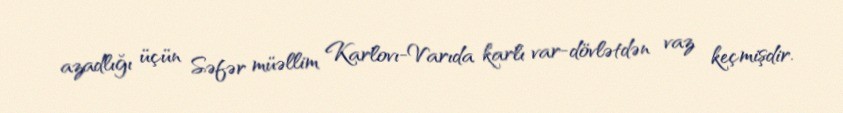
azadlığı üçün Səfər müəllim Karlovı-Varıda karlı var-dövlətdən vaz keçmişdir.